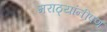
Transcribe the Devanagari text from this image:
मराठ्यांनीपण